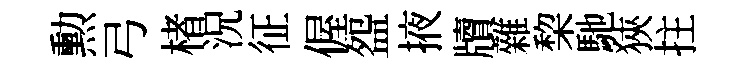
勲弓楮況征偓盌掖牘雜棃馳狹拄